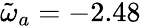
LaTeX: \tilde{\omega}_{a}=-2.48